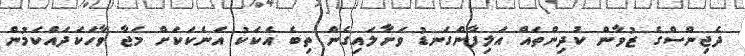
ދެޖިންސްގެ ޒުވާން ކުދިންތައް އަލިފާންގަނޑު ވަށާލައިގެން ތިބެ އެކަކު އަނެކަކަށް މަޖާ ވާހަކަދައްކަމުން